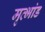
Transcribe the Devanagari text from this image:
मृत्भांड